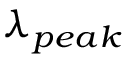
\lambda _ { p e a k }